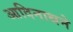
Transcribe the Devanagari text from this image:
आदिनाथने